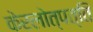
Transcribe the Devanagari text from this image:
केरलोत्पत्ति